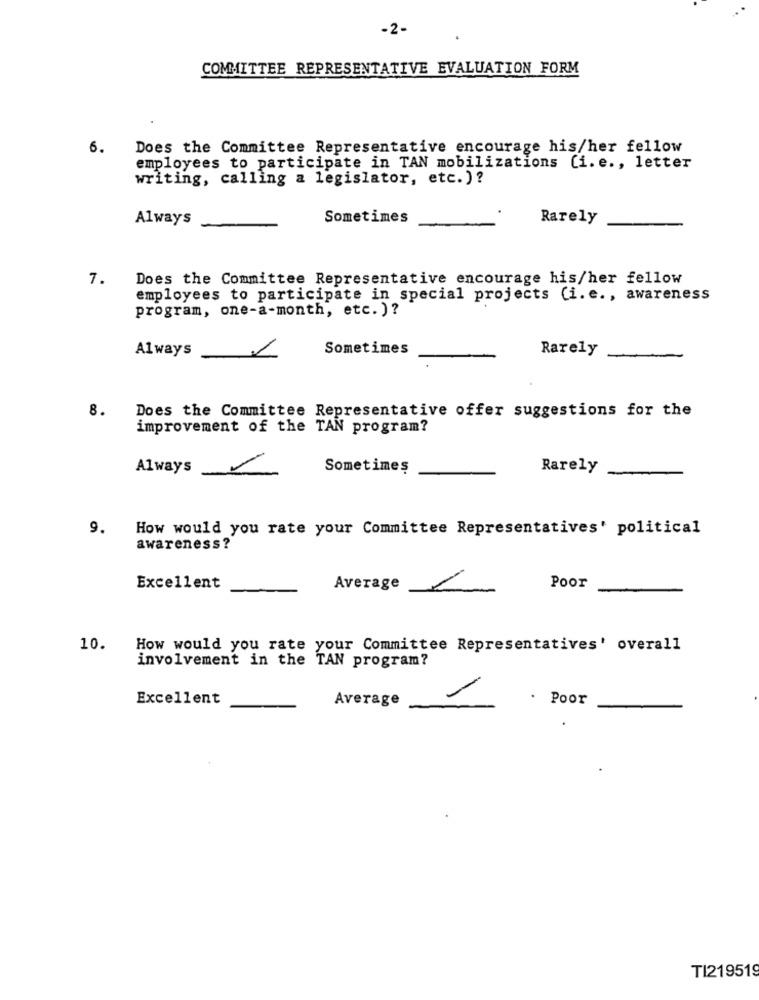
-2-
COMMITTEE REPRESENTATIVE EVALUATION FORM
6.
Does the Committee Representative encourage his/her fellow
employees to participate in TAN mobilizations (i. e ., letter
writing, calling a legislator, etc. )?
Always
Sometimes
Rarely
7.
Does the Committee Representative encourage his/her fellow
employees to participate in special projects (i. e ., awareness
program, one-a-month, etc. )?
Always
Sometimes
Rarely
8.
Does the Committee Representative offer suggestions for the
improvement of the TAN program?
Always
Sometimes
Rarely
9.
How would you rate your Committee Representatives' political
awareness?
Excellent
Average
Poor
10.
How would you rate your Committee Representatives' overall
involvement in the TAN program?
Excellent
Average
. Poor
TI219519